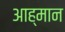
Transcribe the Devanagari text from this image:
आह्मान